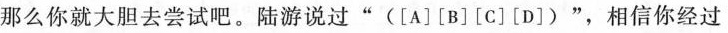
那么你就大胆去尝试吧。陆游说过”([A][B][C][D])”，相信你经过